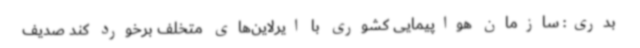
بدری: سازمان هواپیمایی کشوری با ایرلاین‌های متخلف برخورد کند صدیف